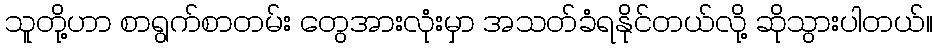
သူတို့ဟာ စာရွက်စာတမ်း တွေအားလုံးမှာ အသတ်ခံရနိုင်တယ်လို့ ဆိုသွားပါတယ်။